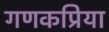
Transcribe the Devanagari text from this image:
गणकप्रिया